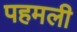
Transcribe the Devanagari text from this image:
पहमली